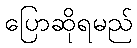
ပြောဆိုရမည်